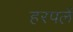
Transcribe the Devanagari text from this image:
हरपलें